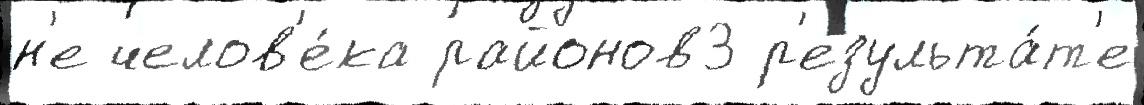
н'е челов'е́ка районов3 р'езульта́т'е